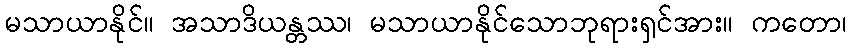
မသာယာနိုင်။ အသာဒိယန္တဿ၊ မသာယာနိုင်သောဘုရားရှင်အား။ ကတော၊